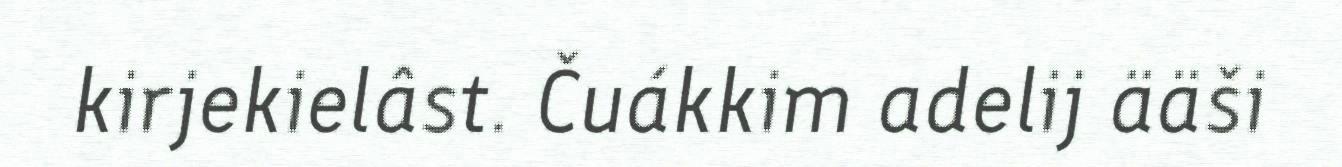
kirjekielâst. Čuákkim adelij ääši